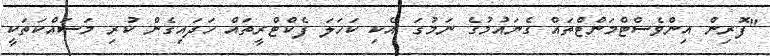
"ފޮރިން އިންވެސްޓްމަންޓްތައް ގެނައުމުގެ ނަމުގަ އެކި ކަހަލަ ފެކްޓްރީތައް ހަދައިގެން ކުރި މަސައްކަތަކީ